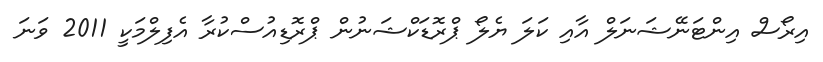
އިރޯސް އިންޓަނޭޝަނަލް އާއި ކަލަ ޔެލޯ ޕްރޮޑަކްޝަނުން ޕްރޮޑިއުސްކުރާ އެފިލްމަކީ 2011 ވަނަ